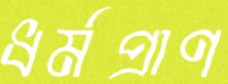
ধর্মপ্রাণ